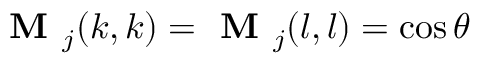
\textbf { M } _ { j } ( k , k ) = \textbf { M } _ { j } ( l , l ) = \cos \theta